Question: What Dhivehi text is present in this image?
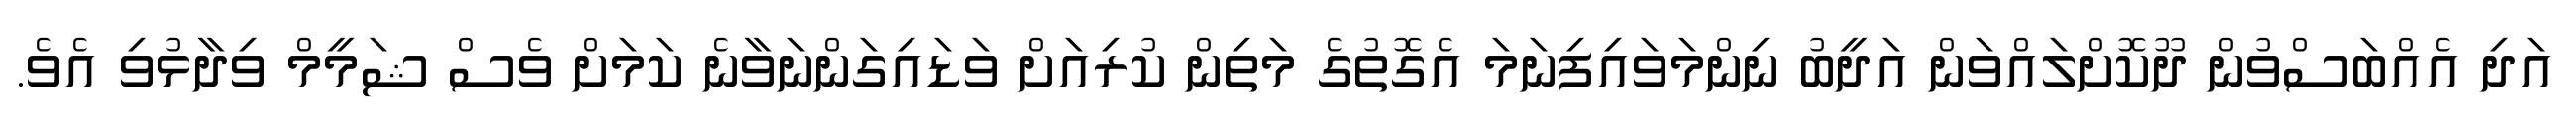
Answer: އަދި އެއްބަސްވުން ދޫކޮށްލައްވަން އަދީބު ނިންމަވައިފިނަމަ އެގޮތުގެ މަތިން ކުރިއަށް ވަޑައިގަންނަވާނެ ކަމަށް ވެސް ޝަމީމް ވިދާޅުވި އެވެ.